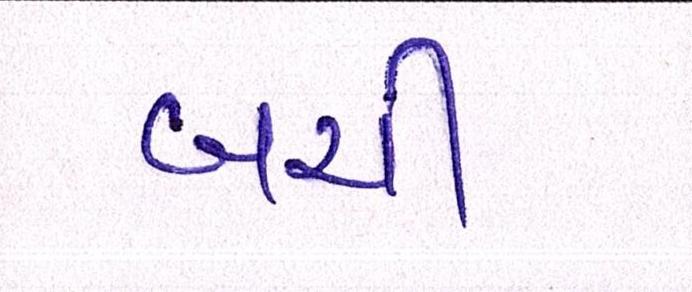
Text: બચી